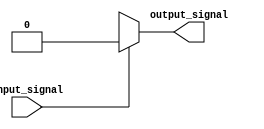
module open_drain_buffer (
    input wire input_signal,
    output reg output_signal
);

always @ (input_signal)
begin
    if (input_signal == 1'b1)
        output_signal <= 1'b0;
    else
        output_signal <= 1'bx;
end

endmodule